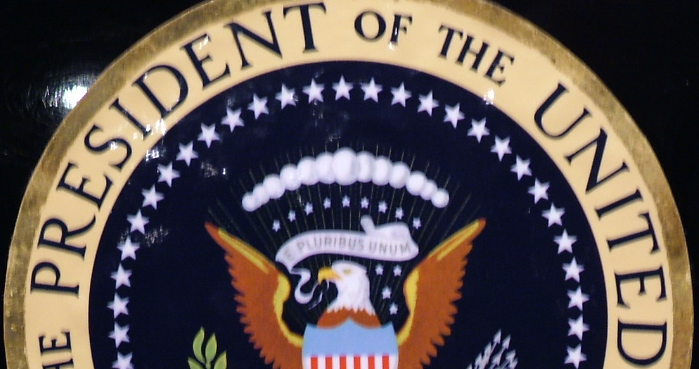
PRESIDENT OF THE UNITED